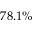
7 8 . 1 \%